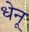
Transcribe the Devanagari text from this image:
धेनू